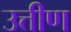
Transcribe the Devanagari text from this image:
उत्तीण